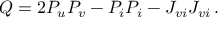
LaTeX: Q = 2 P _ { u } P _ { v } - P _ { i } P _ { i } - J _ { v i } J _ { v i } \, .